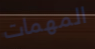
المهمات